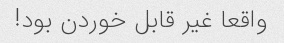
واقعا غیر قابل خوردن بود!